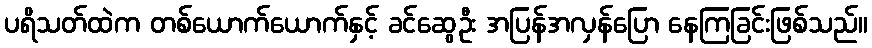
ပရိသတ်ထဲက တစ်ယောက်ယောက်နှင့် ခင်ဆွေဦး အပြန်အလှန်ပြော နေကြခြင်းဖြစ်သည်။